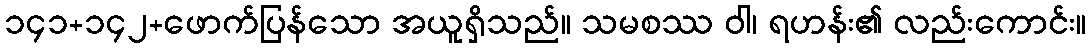
၁၄၁+၁၄၂+ဖောက်ပြန်သော အယူရှိသည်။ သမစဿ ဝါ၊ ရဟန်း၏ လည်းကောင်း။